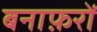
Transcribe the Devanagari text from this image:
बनाफ़रों